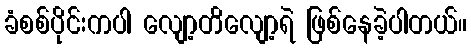
ခံစစ်ပိုင်းကပါ လျော့တိလျော့ရဲ ဖြစ်နေခဲ့ပါတယ်။